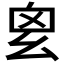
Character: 𢆿